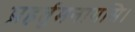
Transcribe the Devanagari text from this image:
प्रहर्तुमनागसि।